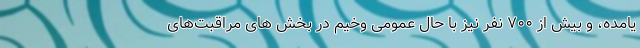
یامده، و بیش از ۷۰۰ نفر نیز با حال عمومی وخیم در بخش های مراقبت‌های